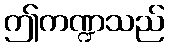
ဤကဏ္ဍသည်